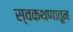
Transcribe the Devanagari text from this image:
स्वकथणातून